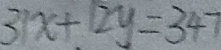
3 1 x + 1 2 y = 3 4 7